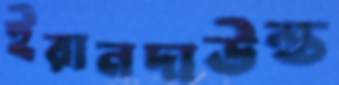
ইরানদাউস্ত